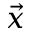
\vec { x }